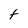
Character: t